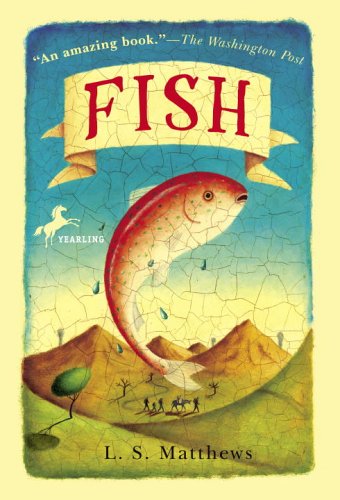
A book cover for Fish; L.S. Matthews; Science & Math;